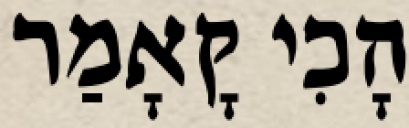
הָכִי קָאָמַר